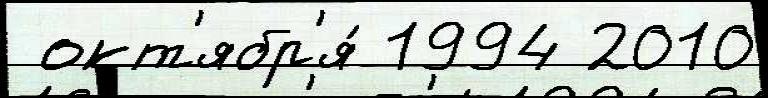
 окт'ябр'я́ 1994 2010